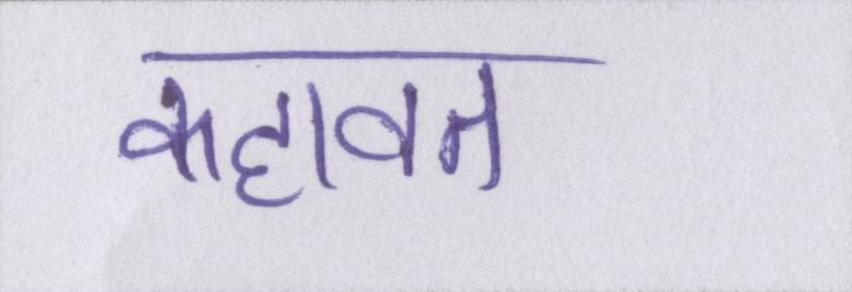
कहावत